Source: Handwritten
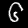
Digit: ၆ (6)